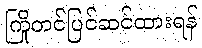
ကြိုတင်ပြင်ဆင်ထားရန်